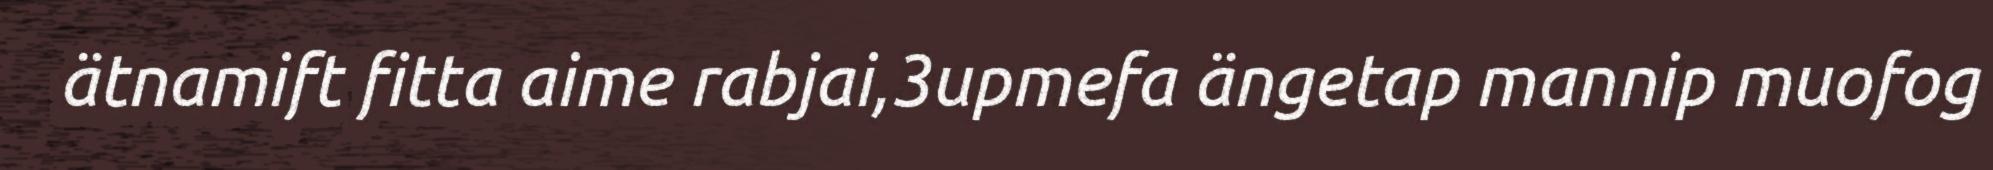
ätnamift fitta aime rabjai,3upmefa ängetap mannip muofog